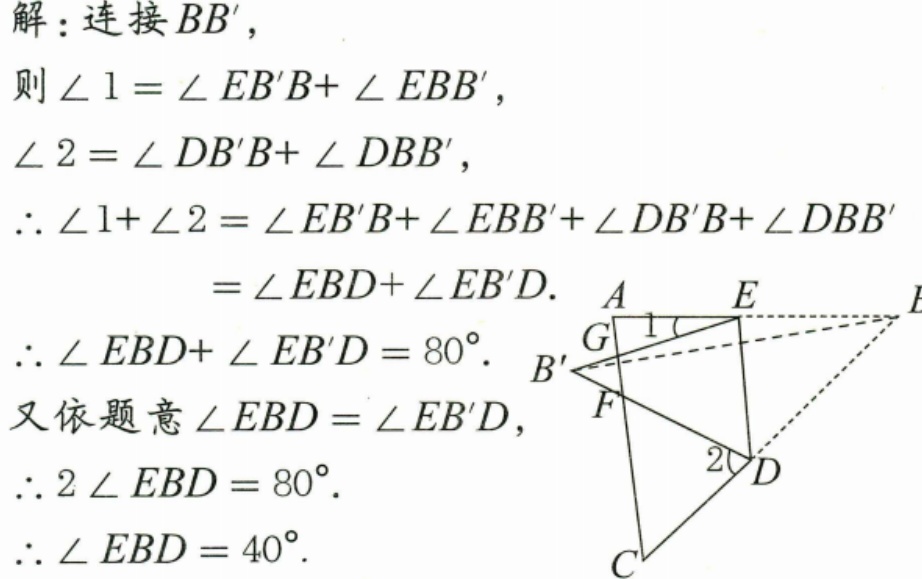
解：连接$BB'$，
则$\angle 1 = \angle EB'B+\angle EBB'$，
$\angle 2 = \angle DB'B+\angle DBB'$，
$\therefore \angle 1+\angle 2 = \angle EB'B+\angle EBB'+\angle DB'B+\angle DBB'$
$=\angle EBD+\angle EB'D.$
$\therefore \angle EBD+\angle EB'D = 80^{\circ}.$
又依题意$\angle EBD = \angle EB'D$，
$\therefore 2\angle EBD = 80^{\circ}.$
$\therefore \angle EBD = 40^{\circ}.$